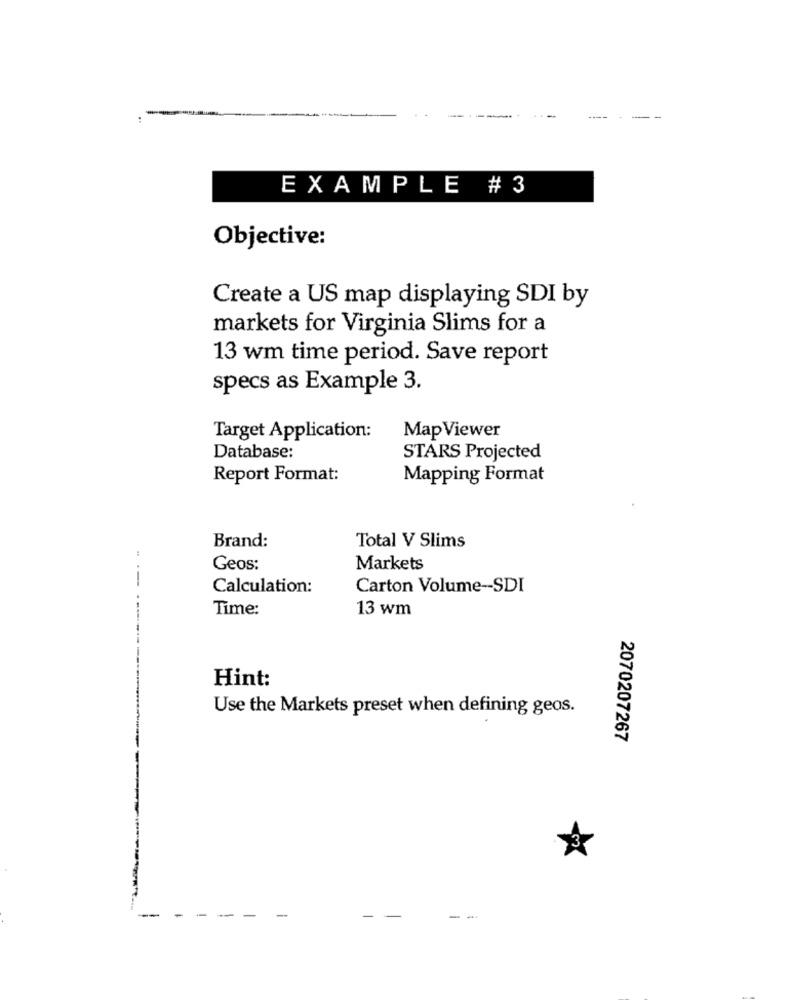
EXAMPLE # 3
Objective:
Create a US map displaying SDI by
markets for Virginia Slims for a
13 wm time period. Save report
specs as Example 3.
Target Application:
Map Viewer
Database:
STARS Projected
Report Format:
Mapping Format
Brand:
Total V Slims
Geos:
Markets
--
Calculation:
Carton Volume -- SDI
Time:
13 wm
Hint:
Use the Markets preset when defining geos.
2070207267
-
-
--